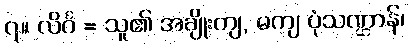
၇။ လိင်္ဂ = သူ၏ အချိုးကျ, မကျ ပုံသဏ္ဌာန်၊